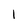
Character: l